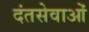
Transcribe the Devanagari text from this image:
दंतसेवाओं